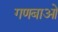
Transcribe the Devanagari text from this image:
गणबाओं